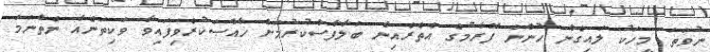
ނުވަތަ މީހަކު ލައިގެން ހުންނަ ފޭރާމުގެ އެތެރެއިން ބަލާފާސްކުރުމަށް ޚާއްޞަކުރެވިފައިވާ ވަކިތަނެއް ނެތްނަމަ